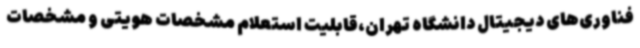
فناوری‌های دیجیتال دانشگاه تهران،قابلیت استعلام مشخصات هویتی و مشخصات